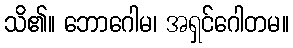
သိ၏။ ဘောဂေါမ၊ အရှင်ဂေါတမ။